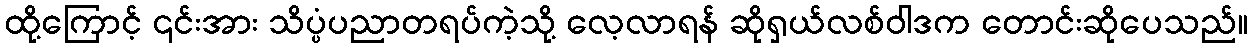
ထို့ကြောင့် ၎င်းအား သိပ္ပံပညာတရပ်ကဲ့သို့ လေ့လာရန် ဆိုရှယ်လစ်ဝါဒက တောင်းဆိုပေသည်။